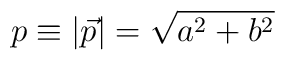
p\equiv |\vec{p}|=\sqrt{a^2+b^2}